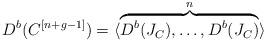
LaTeX: \begin{align*}D^b(C^{[n+g-1]})=\langle \overbrace{D^b(J_C), \ldots, D^b(J_C)}^{n} \rangle\end{align*}